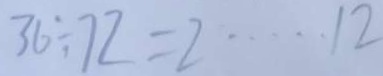
3 6 \div 7 2 = 2 \cdots 1 2